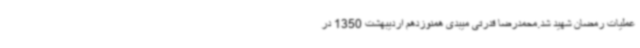
عملیات رمضان شهید شد.محمدرضا قدرتی میبدی همنوزدهم اردیبهشت 1350 در